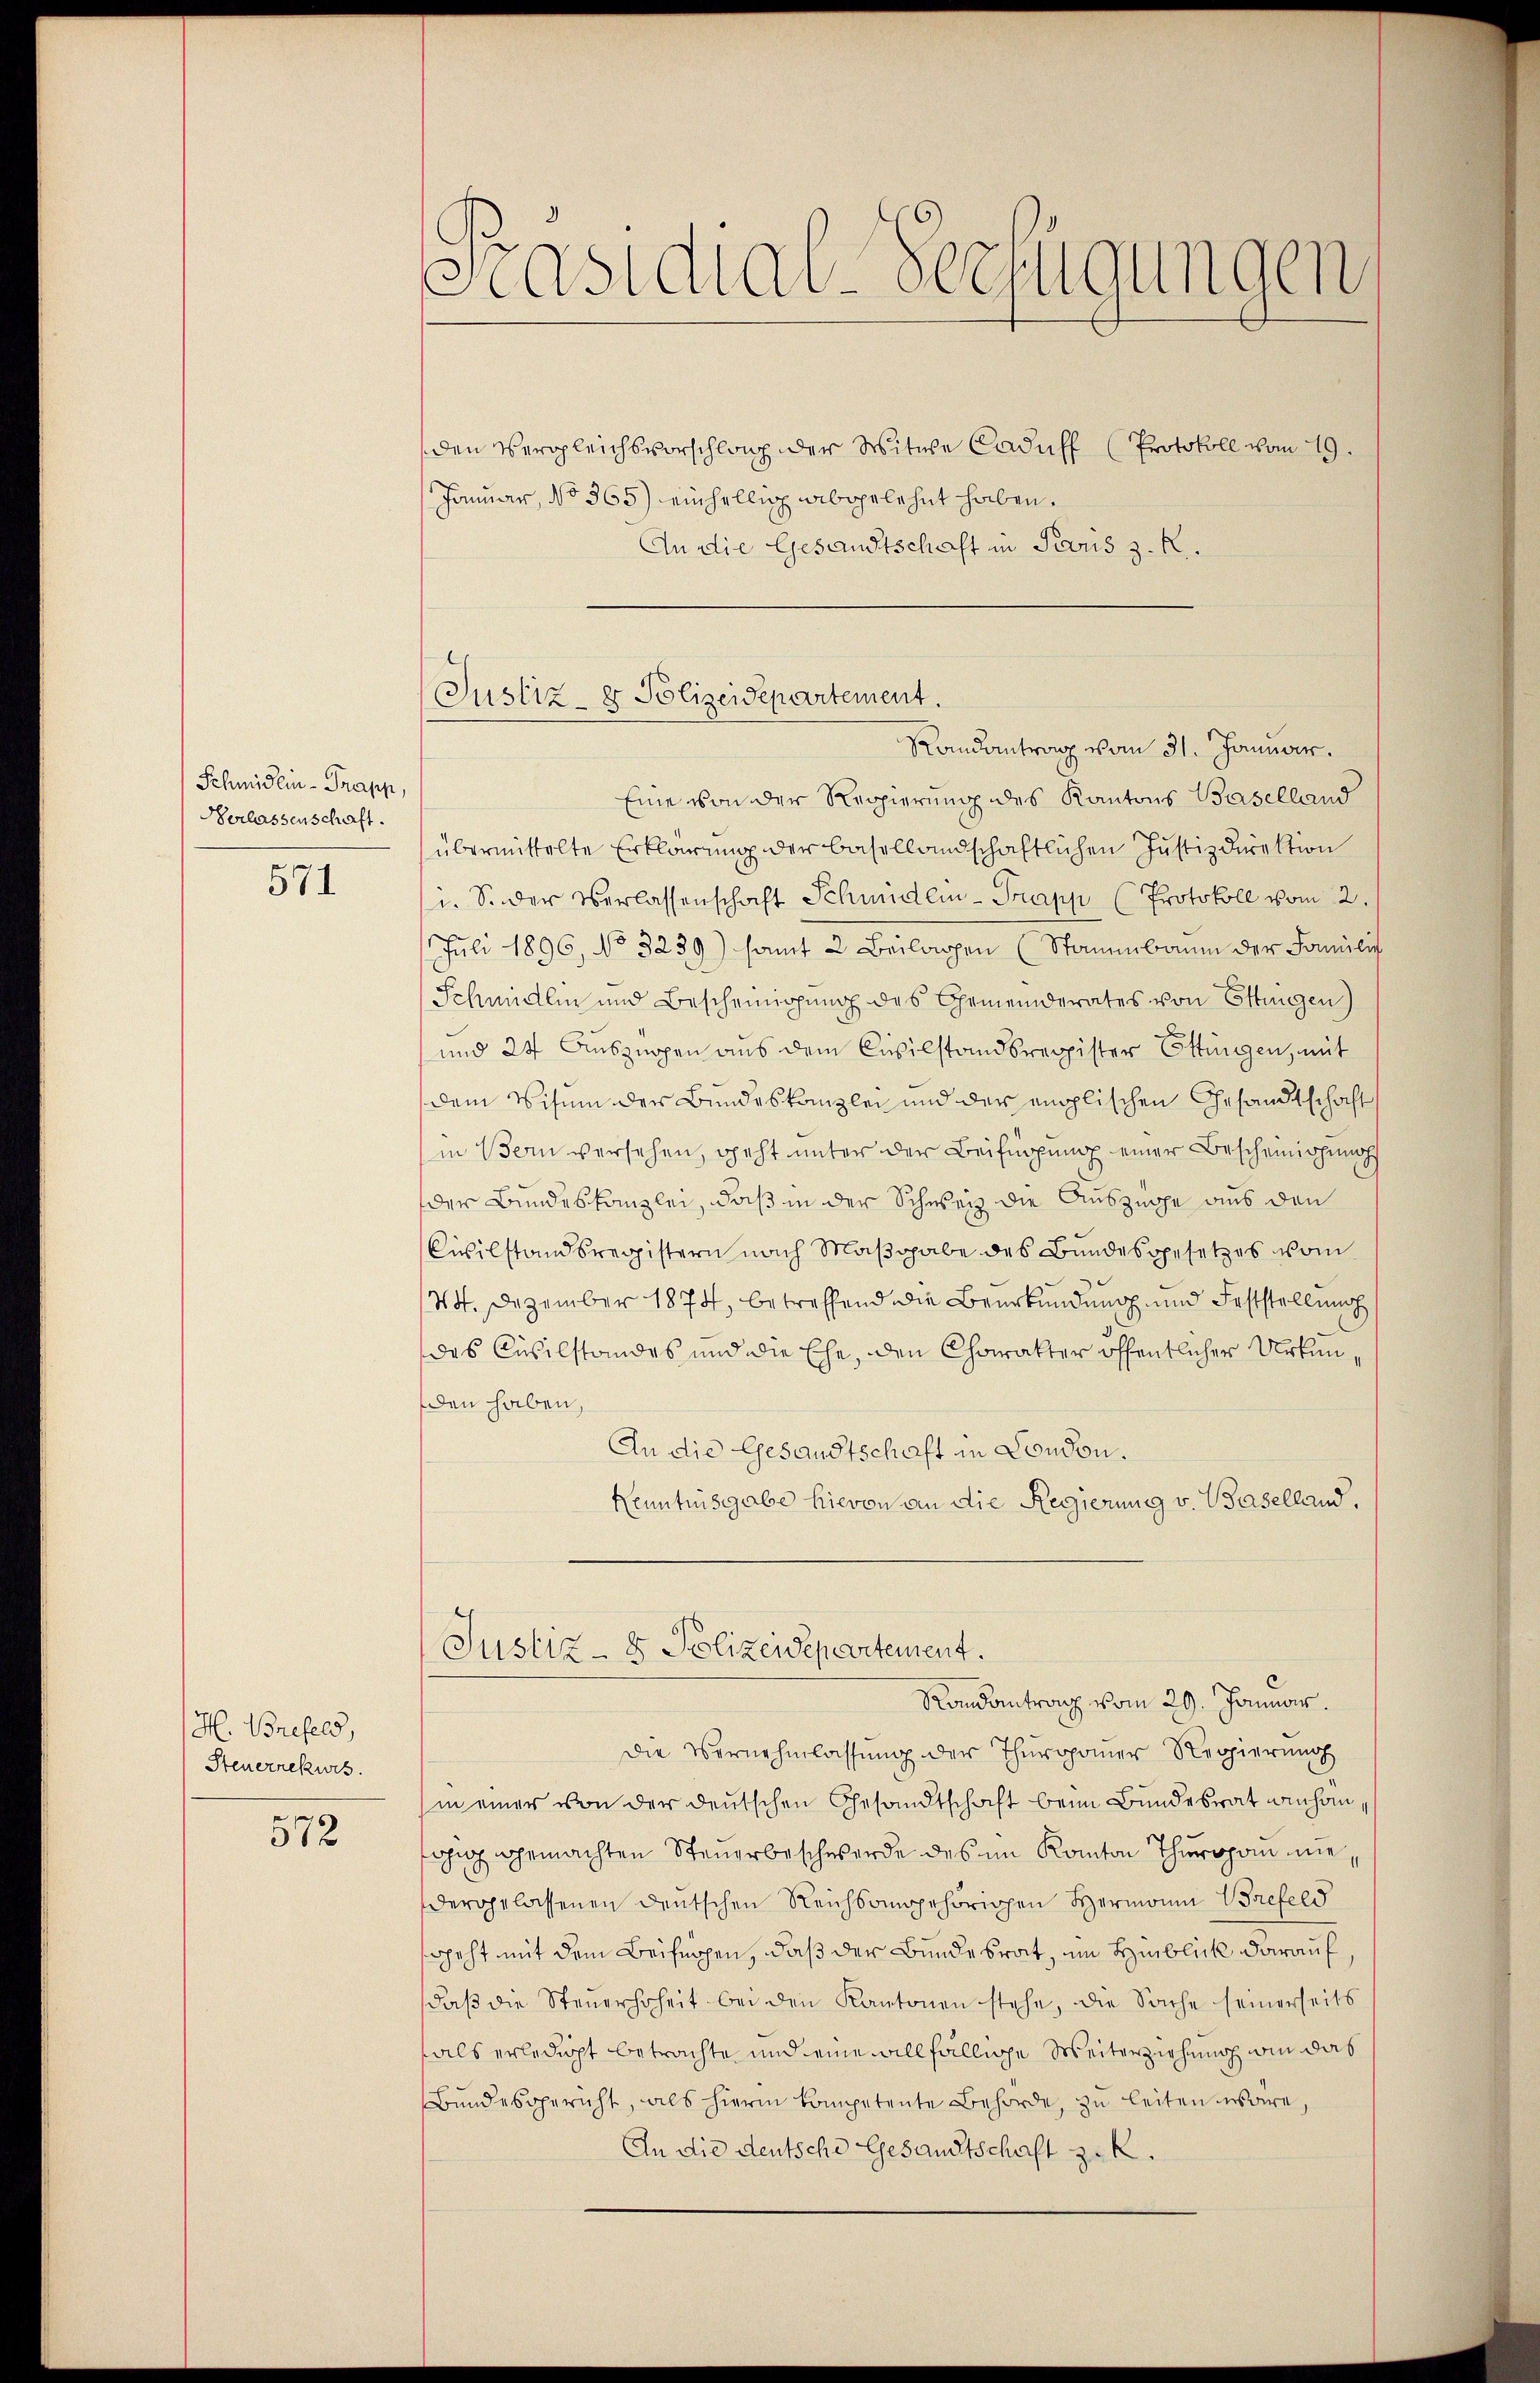
Schmidlin-Trapp,
Verlassenschaft.

571

H. Briefeld,
Steuerrekurs.

572

Präsidial-Verfügungen
den Vergleichsvorschlach der Witwe Caduff (Protokoll vom 19.
Januar, No 365) einhellig abgelehnt haben.
An die Gesandtschaft in Paris z. R.

Justiz- & Polizeidepartement
Randantrag vom 31. Januar.

Eine von der Regierung des Kantons Baselland
übermittelte Erklärung der basellandschaftlichen Justizdirektion
i. S. der Verlassenschaft Schmiden-Trapp (Protokoll vom 2.
Juli 1896, No 3239) samt 2 Beilagen (Stammbaum der Familich
Schmidlin und Bescheinigung des Gemeinderates von Ettingen)
und 24 Auszuppen aus dem Civilstandsregister Ettingen, mit
dem Visum der Bundeskanzlei und der emplischen Gesandtschaft
in Bern versehen, geht unter der Beifügung einer Bescheinigung
der Bundeskanzlei, daß in der Schweiz die Auszüge aus den
Civilstandsregistern nach Maβgabe des Bundesgesetzes vom
44. Dezember 1874, betreffend die Beurkundung und Feststellung
das Civilstandes und die Ehe, den Charakter öffentlicher Urkunden haben,
An die Gesandtschaft in Condon.
Kenntnisgabe hievon an die Regierung v. Baselland.
Justiz- & Polizeidepartement.
Randantrag vom 29. Januar.
Die Vernehmlassung der Thuroponer Regierung
in einer von der deutschen Gesandtschaft beim Bundesrat ainhangig gemachten Steuerbeschwerde des im Kanton Thuroponie,
dergelassenen deutschen Reichsangehörichen Hermonin Briefeld
sopeht mit dem Beifügen, daß der Bundesrat, im Hinblick darauf,
daβ die Steŭerhoheit bei den Kantonen stehe, die Sache seinerseits
fals erledigt betrachte und eine allfällige Weiterziehung in das
Bundesgericht, als hierin kompetente Behörde, zu leiten wäre,
An die deutsche Gesandtschaft z. K.